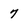
Character: 7